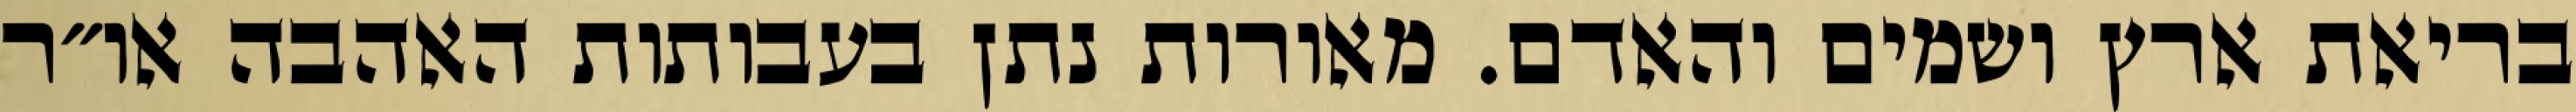
בריאת ארץ ושמים והאדם. מאורות נתן בעבותות האהבה או״ר